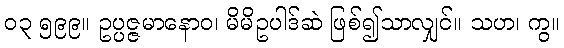
၀၃ ၅၉၉။ ဥပ္ပဇ္ဇမာနောဝ၊ မိမိဥပါဒ်ဆဲ ဖြစ်၍သာလျှင်။ သဟ၊ ကွ။